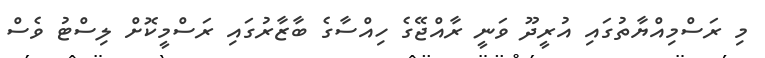
މި ރަސްމިއްޔާތުގައި އުރީދޫ ވަނީ ރާއްޖޭގެ ހިއްސާގެ ބާޒާރުގައި ރަސްމީކޮށް ލިސްޓު ވެސް